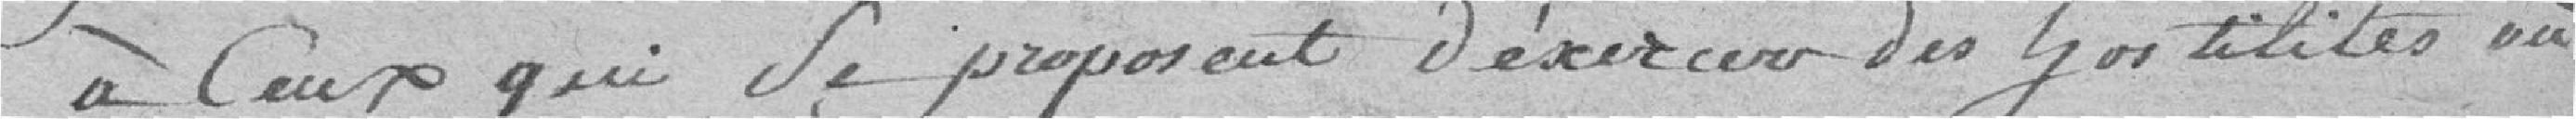
à ceux qui se proposent d'exercer des hostilités, où